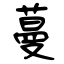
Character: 蔓